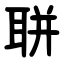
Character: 聠